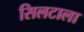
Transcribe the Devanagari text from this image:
सिलटाला